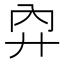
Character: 𢌷